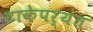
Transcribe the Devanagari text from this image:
टाकेपर्यंत